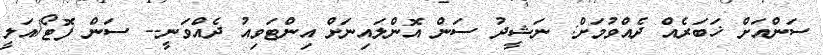
ސަންއަށް ޚަބަރެއް ދެއްވުމަށް: ނަޝީދު ސަން އޮންލައިނަށް އިންޓަވިއު ދެއްވަނީ-- ސަން ފޮޓޯ/އަލީ